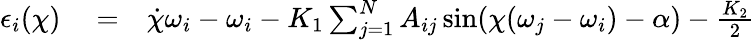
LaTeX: \begin{array}{rlr}{\epsilon_{i}(\chi)}&{{}=}&{\dot{\chi}\omega_{i}-\omega_{i}-K_{1}\sum_{j=1}^{N}A_{ij}\sin(\chi(\omega_{j}-\omega_{i})-\alpha)-\frac{K_{2}}{2}}\end{array}